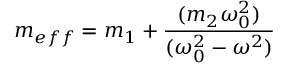
m _ { e f f } = m _ { 1 } + { \frac { ( m _ { 2 } \omega _ { 0 } ^ { 2 } ) } { ( \omega _ { 0 } ^ { 2 } - \omega ^ { 2 } ) } }